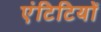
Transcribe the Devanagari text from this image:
एंटिटियों